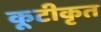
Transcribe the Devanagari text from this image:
कूटीकृत